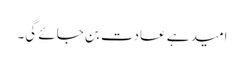
امید ہے عادت بن جائے گی۔